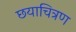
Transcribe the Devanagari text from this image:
छयाचित्रण